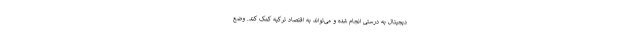
دیجیتال به درستی انجام شده و می‌تواند به اقتصاد ترکیه کمک کند. وضع